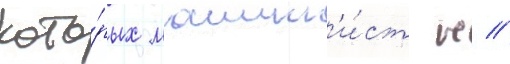
кото́рых машин'и́ст н //